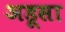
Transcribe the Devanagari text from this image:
अडूसा